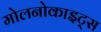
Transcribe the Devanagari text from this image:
मोलनोकाइट्स